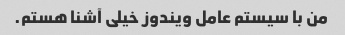
من با سیستم عامل ویندوز خیلی آشنا هستم.